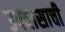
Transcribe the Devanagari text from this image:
उपवासाची